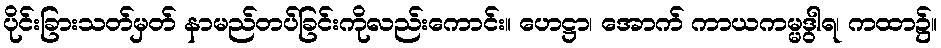
ပိုင်းခြားသတ်မှတ် နာမည်တပ်ခြင်းကိုလည်းကောင်း။ ဟေဋ္ဌာ၊ အောက် ကာယကမ္မဒွါရ၊ ကထာ၌။